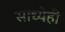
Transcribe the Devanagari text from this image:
साध्येही